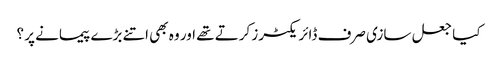
کیا جعل سازی صرف ڈائریکٹرز کرتے تھے اور وہ بھی اتنے بڑے پیمانے پر ؟